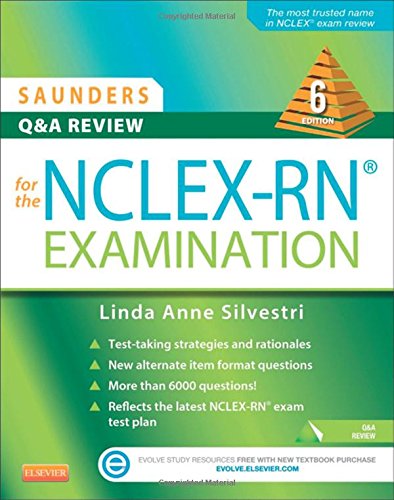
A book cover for Saunders Q & A Review for the NCLEX-RNÂ® Examination, 6e; Linda Anne Silvestri PhD  RN; Test Preparation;